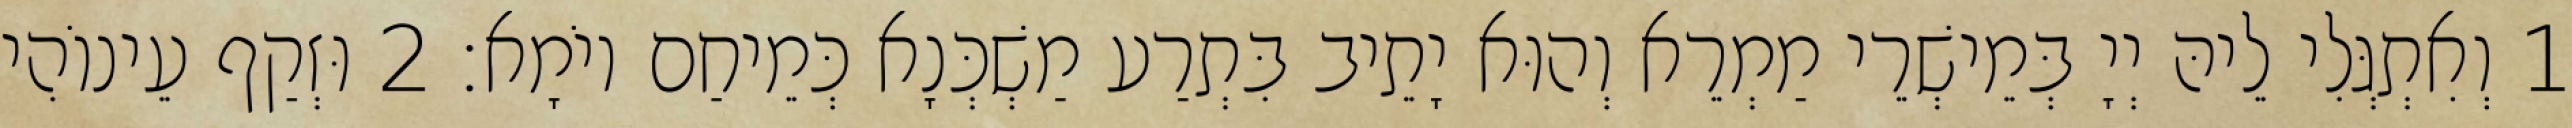
1 וְאִתְגְּלִי לֵיהּ יְיָ בְּמֵישְׁרֵי מַמְרֵא וְהוּא יָתֵיב בִּתְרַע מַשְׁכְּנָא כְּמֵיחַם יוֹמָא׃ 2 וּזְקַף עֵינוֹהִי